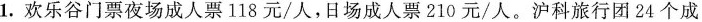
1.欢乐谷门票夜场成人票118元/人，日场成人票210元/人。沪科旅行团24个成